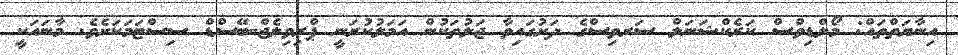
އިނާޔަތްތައް: މޯލްޑިވްސް ކަރެކްޝަނަލް ސަރވިސްގެ ދަށުގައިވާ ޖަލުތަކުން އަމަލުކުރަނީ ޕްރިވިލެޖް-ބޭސްޑް ސިސްޓަމަކަށެވެ. މާނައަކީ